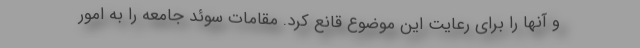
و آنها را برای رعایت این موضوع قانع کرد. مقامات سوئد جامعه را به امور